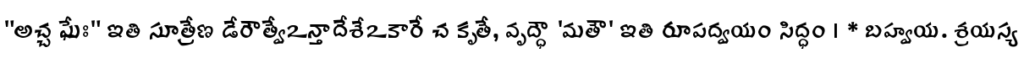
"అచ్చ ఘేః" ఇతి సూత్రేణ డేరౌత్వేఽన్తాదేశేఽకారే చ కృతే, వృద్ధౌ 'మతౌ' ఇతి రూపద్వయం సిద్ధం । * బహ్వయ. శ్రయస్య